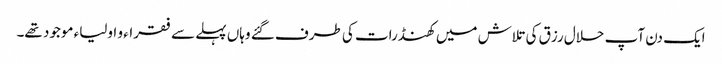
ایک دن آپ حلال رزق کی تلاش میں کھنڈرات کی طرف گئے وہاں پہلے سے فقراء و اولیاء موجود تھے۔